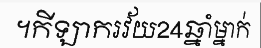
។កីឡាករវ័យ24ឆ្នាំម្នាក់